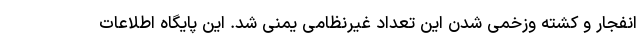
انفجار و کشته وزخمی شدن این تعداد غیرنظامی یمنی شد. این پایگاه اطلاعات